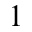
^ 1